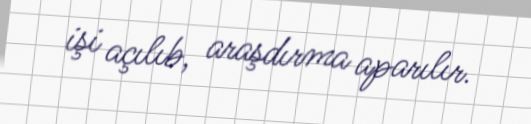
işi açılıb, araşdırma aparılır.